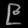
Digit: ၉